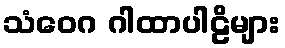
သံဝေဂ ဂါထာပါဠိများ